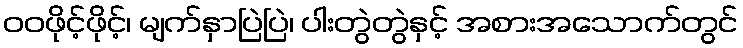
ဝဝဖိုင့်ဖိုင့်၊ မျက်နှာပြဲပြဲ၊ ပါးတွဲတွဲနှင့် အစားအသောက်တွင်